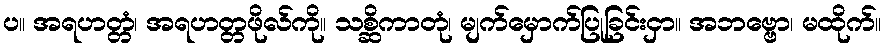
ပ။ အရဟတ္တံ၊ အရဟတ္တဖိုလ်ကို။ သစ္ဆိကာတုံ၊ မျက်မှောက်ပြုခြင်းငှာ။ အဘဗ္ဗော၊ မထိုက်။